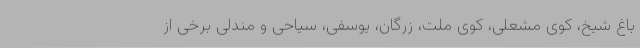
باغ شیخ، کوی مشعلی، کوی ملت، زرگان، یوسفی، سیاحی و مندلی برخی از